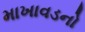
માખાવડનો